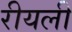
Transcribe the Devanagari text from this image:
रीयली